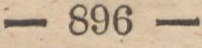
— 896 —